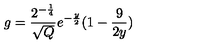
g = \frac { 2 ^ { - \frac { 1 } { 4 } } } { \sqrt { Q } } e ^ { - \frac { y } { 2 } } ( 1 - \frac { 9 } { 2 y } )